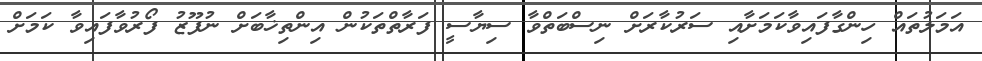
އަމަލުތައް ހިންގާފައިވާކަމަށާއި ސަރުކާރަށް ނިސްބަތްވާ ސިޔާސީ ފަރާތްތަކުން އިންތިޚާބަށް ނުފޫޒު ފޯރުވާފައިވާ ކަމަށް